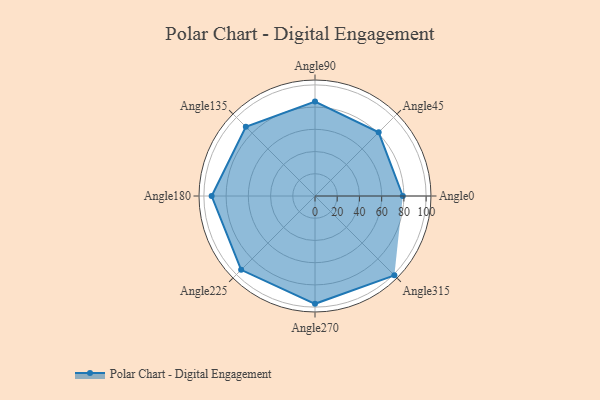
{"axis": {"x": "Angle", "y": "Radius"}, "legend": [""], "data": [{"x": "Angle0", "y": 79.0, "type": ""}, {"x": "Angle45", "y": 81.0, "type": ""}, {"x": "Angle90", "y": 85.0, "type": ""}, {"x": "Angle135", "y": 88.0, "type": ""}, {"x": "Angle180", "y": 93.0, "type": ""}, {"x": "Angle225", "y": 94.0, "type": ""}, {"x": "Angle270", "y": 97.0, "type": ""}, {"x": "Angle315", "y": 101.0, "type": ""}]}